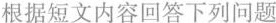
根据短文内容回答下列问题